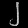
Digit: ၂